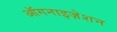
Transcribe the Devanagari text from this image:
ऑगनाइज़ेशन